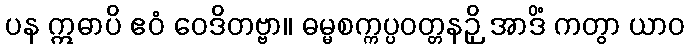
ပန ဣဓာပိ ဧဝံ ဝေဒိတဗ္ဗာ။ ဓမ္မစက္ကပ္ပဝတ္တနဉှိ အာဒိံ ကတွာ ယာဝ